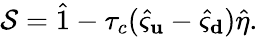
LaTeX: \mathcal{S}=\hat{1}-\tau_{c}(\hat{\varsigma}_{\mathbf u}-\hat{\varsigma}_{\mathbf d})\hat{\eta}.